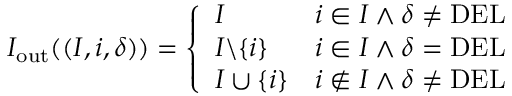
\begin{array} { r } { I _ { \mathrm { o u t } } ( ( I , i , \delta ) ) = \left\{ \begin{array} { l l } { I } & { i \in I \wedge \delta \neq \mathrm { D E L } } \\ { I \backslash \{ i \} } & { i \in I \wedge \delta = \mathrm { D E L } } \\ { I \cup \{ i \} } & { i \notin I \wedge \delta \neq \mathrm { D E L } } \end{array} \right. } \end{array}